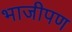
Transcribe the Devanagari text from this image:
भाजीपण